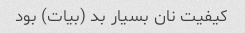
کیفیت نان بسیار بد (بیات) بود